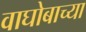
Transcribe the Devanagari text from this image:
वाघोबाच्या